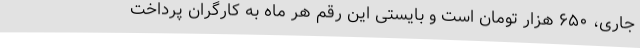
جاری، ۶۵۰ هزار تومان است و بایستی این رقم هر ماه به کارگران پرداخت